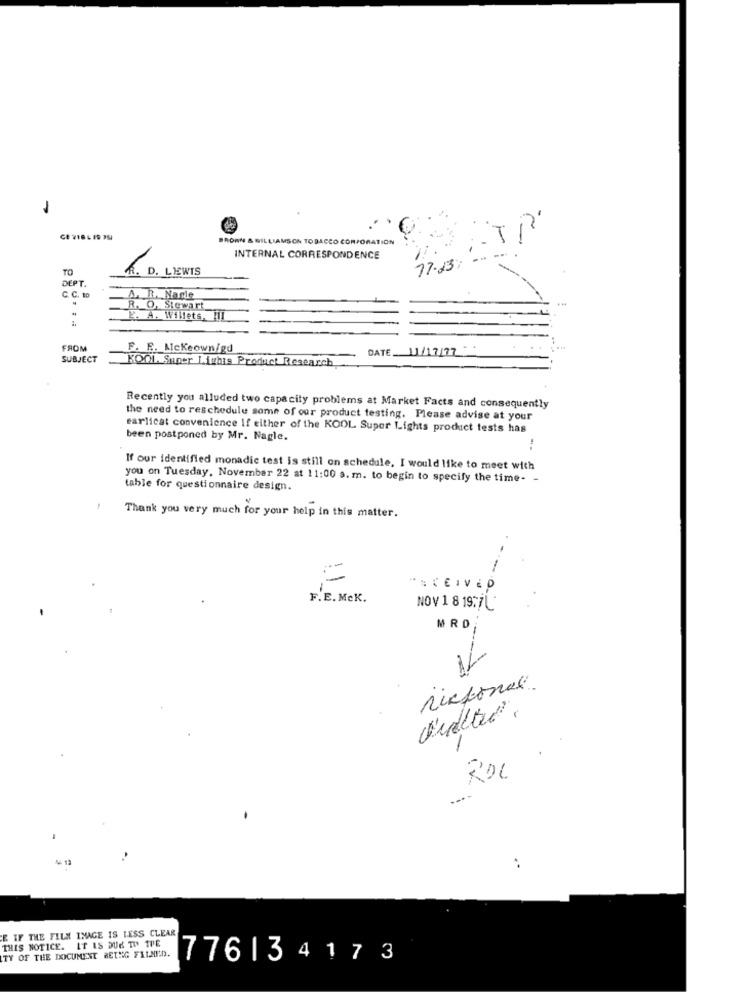
ROWN & WILLIAMSON TOBACCO CORPORATION
INTERNAL CORRESPONDENCE
TO
R.
D. LEWIS
77.23;
DEPT.
C. C. to
A. R. Nagle
R. O. Stewart
L. A. Willets, III
FROM
F. E. Mckeown/gd
DATE_ 11/17/77
SUBJECT
KOOL. Super Lighis Product Research
Recently you alluded two capacity problems at Market Facts and consequently
the need to reschedule some of our product testing. Please advise at your
earlicat convenience If either of the KOOL Super Lights product tests has
been postponed by Mr. Nagle.
If our identified monadic test is still on schedule. I would like to meet with
you on Tuesday, November 22 at 11:00 a. m. to begin to specify the time- -
table for questionnaire design.
Thank you very much for your help in this matter.
--
"SCEIVED
0.
F.E. Mek.
NOV 1 8 1977L
MRD
rikfonal.
2
..
E IF THE FILM INAGE IS LESS CLEAR
THIS NOTICE. IT IS DUE TO THE
TY OF THE DOCUMENT BETYG FILMED.
776134173